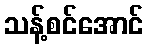
သန့်စင်အောင်